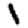
Digit: 1